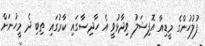
ފުލުހުންގެ މީޑިއާ އޮފިޝަލު ވިދާޅުވީ އެ ހާދިސާގައި ކާރުގައި ތިބި ދެ މީހުނަށް